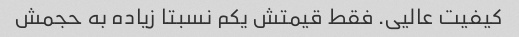
کیفیت عالیی. فقط قیمتش یکم نسبتا زیاده به حجمش